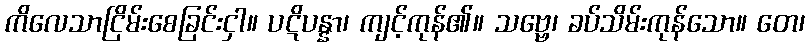
ကိလေသာငြိမ်းစေခြင်းငှါ။ ပဋိပန္နာ၊ ကျင့်ကုန်၏။ သဗ္ဗေ၊ ခပ်သိမ်းကုန်သော။ တေ၊